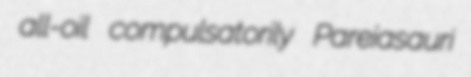
all-oil compulsatorily Pareiasauri